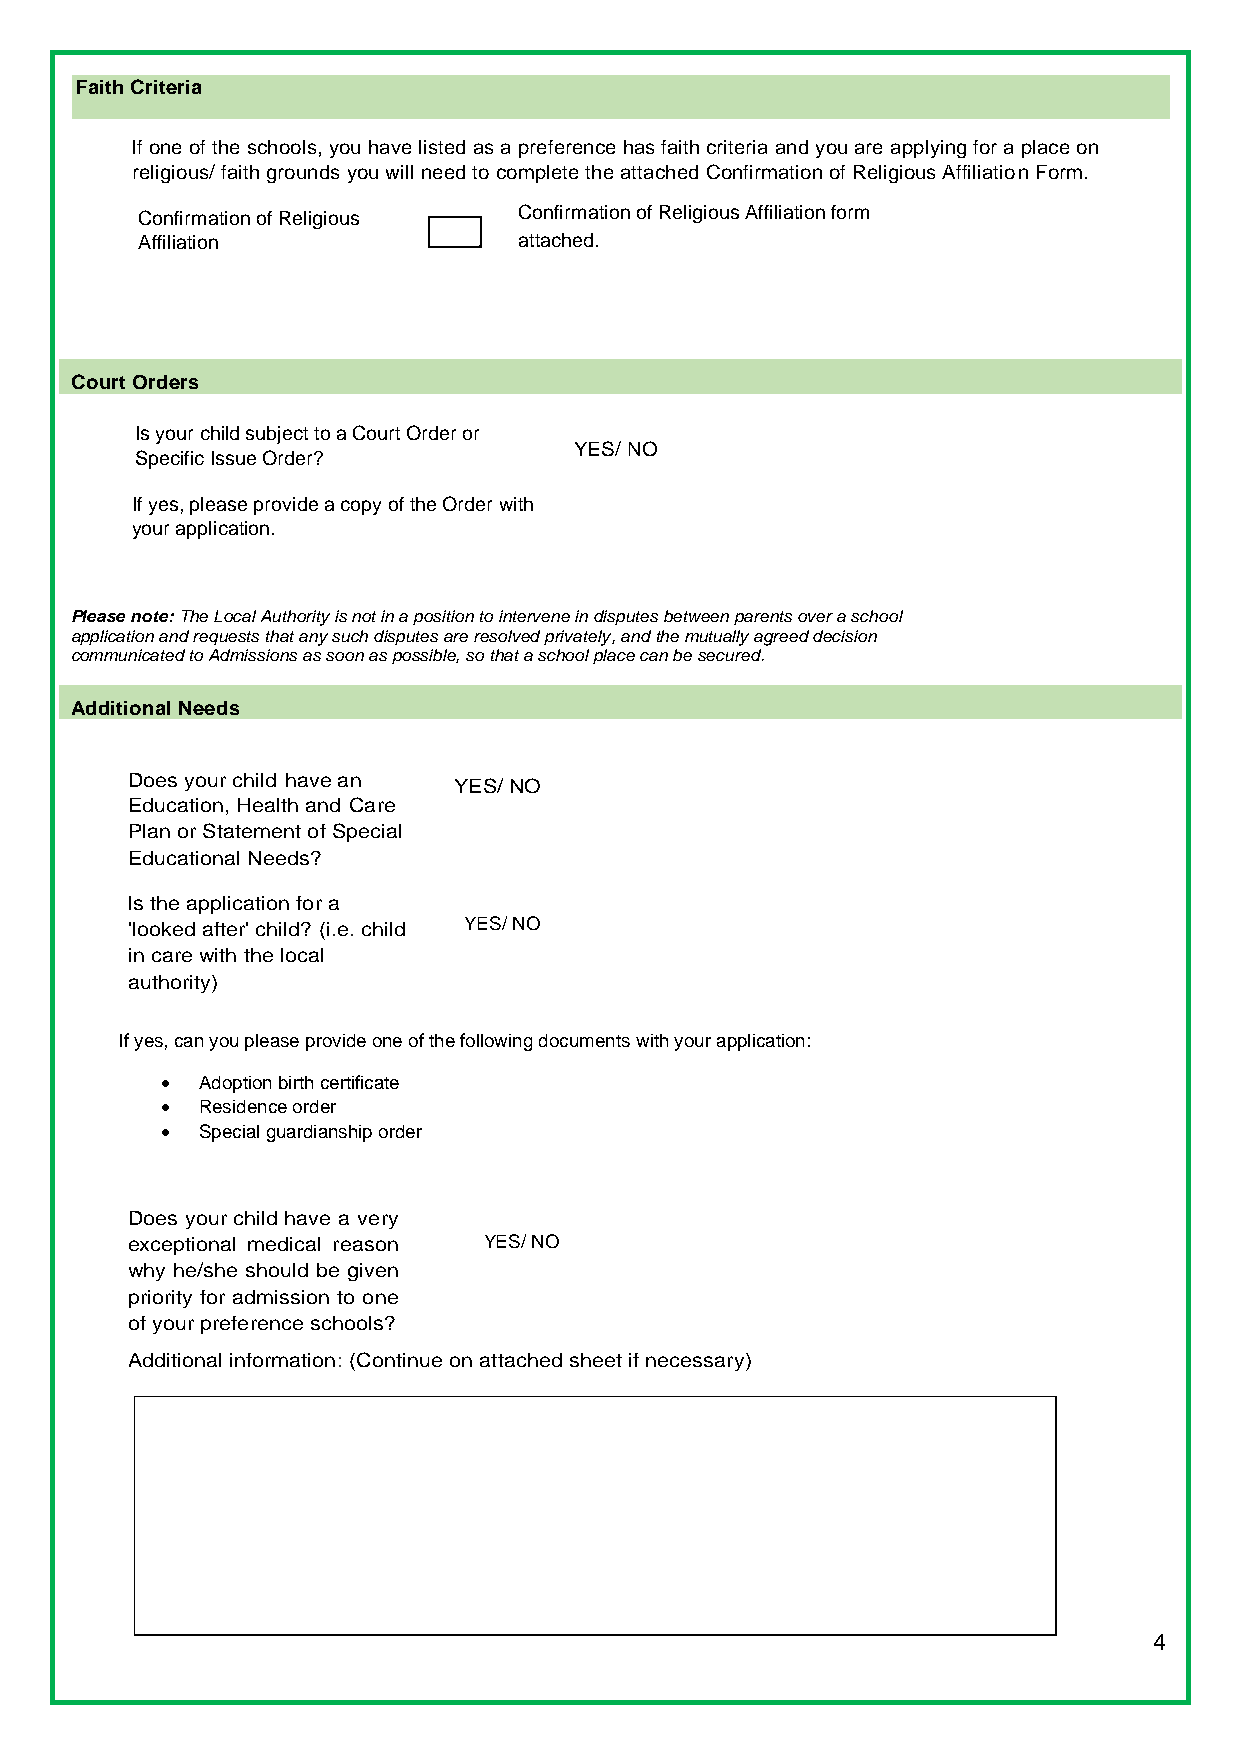
Faith Criteria
 If one of the schools, you have listed as a preference has faith criteria and you are applying for a place on
 religious/ faith grounds you will need to complete the attached Confirmation of Religious Affiliation Form.
 Confirmation of Religious Confirmation of Religious Affiliation form
 Affiliation              attached.
 Court Orders
 Is your child subject to a Court Order or
 YES/ NO
 Specific Issue Order?
 If yes, please provide a copy of the Order with
 your application.
 Please note: The Local Authority is not in a position to intervene in disputes between parents over a school
 application and requests that any such disputes are resolved privately, and the mutually agreed decision
 communicated to Admissions as soon as possible, so that a school place can be secured.
 Additional Needs
 Does your child have an YES/ NO
 Education, Health and Care
 Plan or Statement of Special
 Educational Needs?
 Is the application for a
 'looked after' child? (i.e. child YES/ NO
 in care with the local
 authority)
 If yes, can you please provide one of the following documents with your application:
 • Adoption birth certificate
 • Residence order
 • Special guardianship order
 Does your child have a very
 exceptional medical reason YES/ NO
 why he/she should be given
 priority for admission to one
 of your preference schools?
 Additional information: (Continue on attached sheet if necessary)
 4